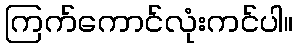
ကြက်ကောင်လုံးကင်ပါ။